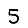
Digit: 5